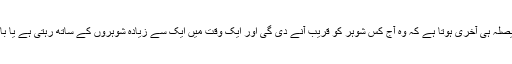
جنسی تعلقات کے لیے بھی عورت کا فیصلہ ہی آخری ہوتا ہے کہ وہ آج کس شوہر کو قریب آنے دی گی اور ایک وقت میں ایک سے زیادہ شوہروں کے ساتھ رہتی ہے یا باری باری ان سے تعلقات قائم کرتی ہے۔